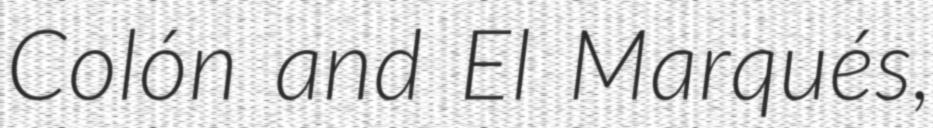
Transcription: Colón and El Marqués,